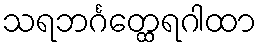
သရဘင်္ဂတ္ထေရဂါထာ